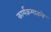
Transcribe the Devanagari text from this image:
कार्यक्रमातले